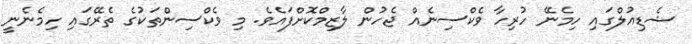
ޝެޑިއުލްގައި ހިމެނޭ ހުރިހާ ވެކްސިނެއް ޖެހުން ލާޒިމްކޮށްފައެވެ. މި ވެކްސިންތަކުގެ ތެރޭގައި ހިމެނެނީ